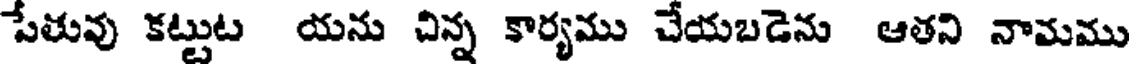
పేతువు కట్టుట యను చిన్న కార్యము చేయబడెను ఆతని నామము